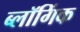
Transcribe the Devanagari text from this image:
ब्लॉगिंक